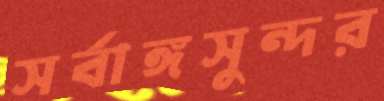
সর্বাঙ্গসুন্দর